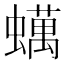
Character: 蠇